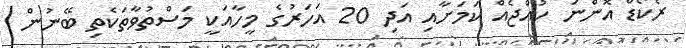
ރެކޯޑް އޮންނަ ކުއްޖެއް ކަމަށާއި އަދި 20 އަހަރުގެ މީހާއަކީ މަސްތުވާތަކެތި ބޭނުން